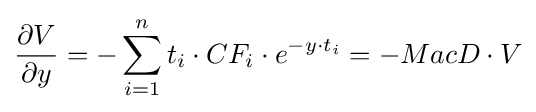
{\frac {\partial V}{\partial y}}=-\sum _{i=1}^{n}t_{i}\cdot CF_{i}\cdot e^{-y\cdot t_{i}}=-MacD\cdot V